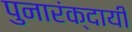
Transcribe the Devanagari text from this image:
पुनारंक्दायी